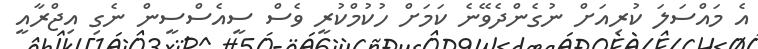
އެ މައްސަލަ ކުރިއަށް ނުގެންދެވޭނެ ކަމަށް ހުކުމްކުރީ ވެސް ސީއެސްސީން ނެގި އިޖްރާއީ